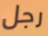
رجل